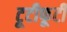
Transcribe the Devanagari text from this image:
टूटीफूटी